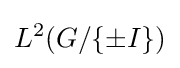
L^{2}(G/\{\pm I\})